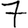
Digit: 7